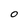
Character: O